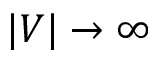
| V | \rightarrow \infty